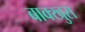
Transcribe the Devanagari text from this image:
बाक्खुस